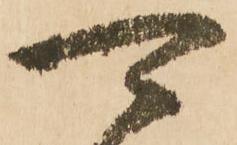
可